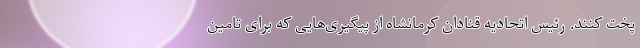
پخت کنند. رئیس اتحادیه قنادان کرمانشاه از پیگیری‌هایی که برای تامین